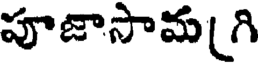
పూజాసామ గి